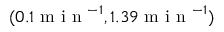
( 0 . 1 \mathrm { ~ m ~ i ~ n ~ } ^ { - 1 } , 1 . 3 9 \mathrm { ~ m ~ i ~ n ~ } ^ { - 1 } )